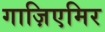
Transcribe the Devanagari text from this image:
गाज़िएमिर